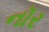
નૉર